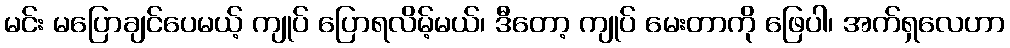
မင်း မပြောချင်ပေမယ့် ကျုပ် ပြောရလိမ့်မယ်၊ ဒီတော့ ကျုပ် မေးတာကို ဖြေပါ၊ အက်ရှလေဟာ